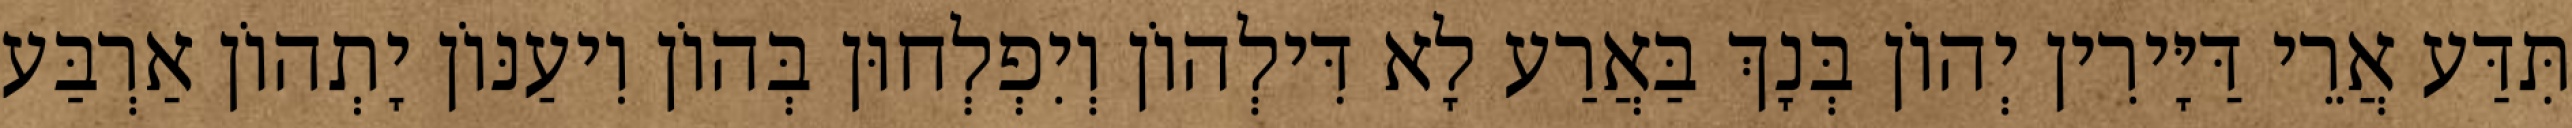
תִּדַּע אֲרֵי דַּיָּירִין יְהוֹן בְּנָךְ בַּאֲרַע לָא דִּילְהוֹן וְיִפְלְחוּן בְּהוֹן וִיעַנּוֹן יָתְהוֹן אַרְבַּע